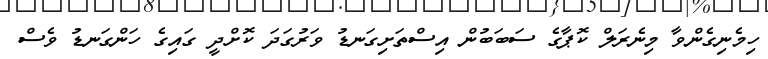
ހިމެނިގެންވާ މިނެރަލް ކޮޕާގެ ސަބަބުން އިސްތަށިގަނޑު ވަރުގަދަ ކޮށްދީ ގައިގެ ހަންގަނޑު ވެސް